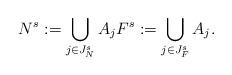
LaTeX: \begin{align*}N^s := \bigcup_{j\in J_N^{s}} A_jF^s := \bigcup_{j\in J_F^{s}} A_j.\end{align*}